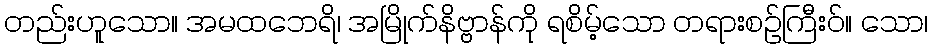
တည်းဟူသော။ အမထဘေရိ၊ အမြိုက်နိဗ္ဗာန်ကို ရစိမ့်သော တရားစဉ်ကြီးဝ်။ သော၊